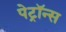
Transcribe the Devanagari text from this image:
पेट्रॉन्स